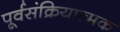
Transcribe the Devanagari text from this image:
पूर्वसंक्रियात्मक